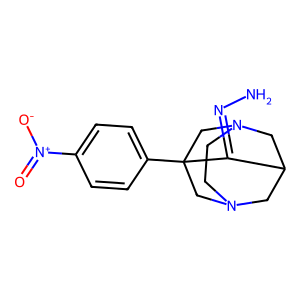
SMILES: NN=C1C2CN3CCN(C2)CC1(c1ccc([N+](=O)[O-])cc1)C3
Inhibits HIV replication: No